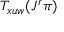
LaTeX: T _ { x u w } ( J ^ { r } \pi )